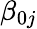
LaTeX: \beta_{0j}